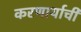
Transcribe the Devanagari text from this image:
करणार्याची